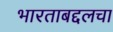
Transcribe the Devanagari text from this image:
भारताबद्दलचा